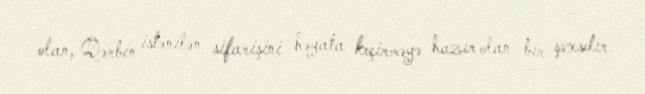
olan, Qərbin istənilən sifarişini həyata keçirməyə hazır olan bir şəxsdir.